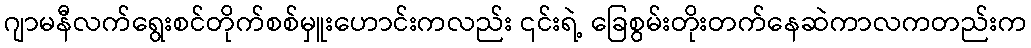
ဂျာမနီလက်ရွေးစင်တိုက်စစ်မှူးဟောင်းကလည်း ၎င်းရဲ့ ခြေစွမ်းတိုးတက်နေဆဲကာလကတည်းက